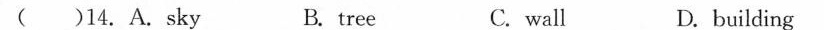
( ) 14.A.sky B.tree C.wall D.building